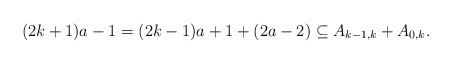
LaTeX: \begin{align*}(2k+1) a - 1 & = (2k-1) a + 1 + (2a-2) \subseteq A_{k-1,k} + A_{0,k}.\end{align*}